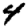
Digit: 4